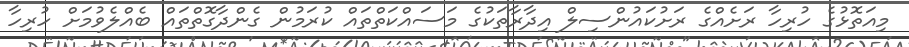
މިއަތޮޅުގެ ހުރިހާ ރަށެއްގެ ރަށުކައުންސިލް އިދާރާތަކުގެ މަސައްކަތްތައް ކުރަމުން ގެންދާގޮތްތައް ބެއްލެވުމަށް ހުރިހާ